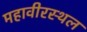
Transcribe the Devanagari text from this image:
महावीरस्थल